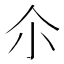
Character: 尒